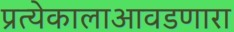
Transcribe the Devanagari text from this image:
प्रत्येकालाआवडणारा